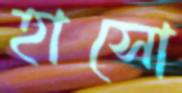
হাসো